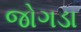
જોગડા